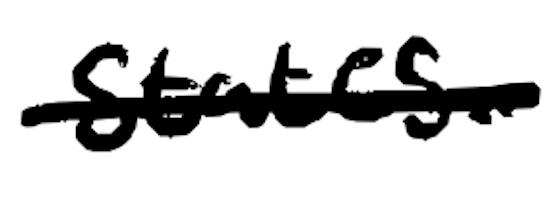
Text: States.
Cross-out: single-line
Writing tool: digital_black